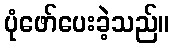
ပုံဖော်ပေးခဲ့သည်။